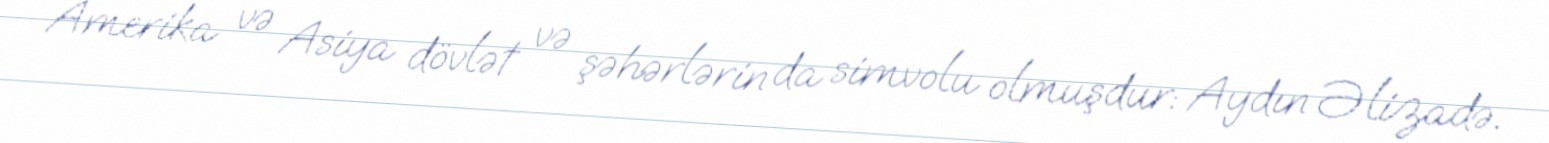
Amerika və Asiya dövlət və şəhərlərin da simvolu olmuşdur: Aydın Əlizadə.